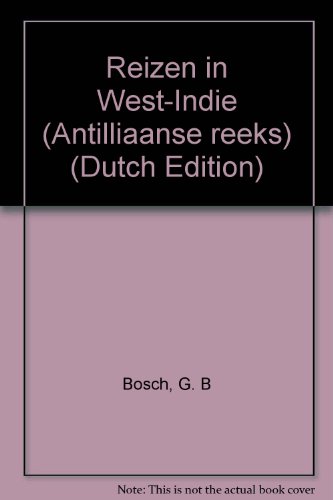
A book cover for Reizen in West-Indie (Antilliaanse reeks) (Dutch Edition); G. B Bosch; Travel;